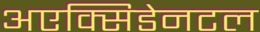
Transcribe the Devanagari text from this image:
अएक्सिडेनटल